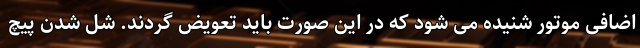
اضافی موتور شنیده می شود که در این صورت باید تعویض گردند. شل شدن پیچ